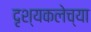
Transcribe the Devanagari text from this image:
दृश्यकलेच्या